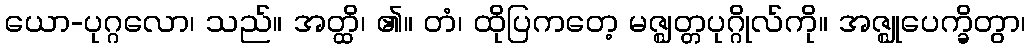
ယော-ပုဂ္ဂလော၊ သည်။ အတ္ထိ၊ ၏။ တံ၊ ထိုပြကတေ့ မဇ္ဈတ္တပုဂ္ဂိုလ်ကို။ အဇ္ဈုပေက္ခိတွာ၊